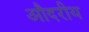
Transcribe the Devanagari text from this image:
औदरीय